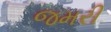
જમરી